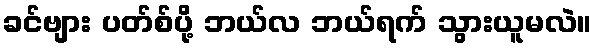
ခင်ဗျား ပတ်စ်ပို့ ဘယ်လ ဘယ်ရက် သွားယူမလဲ။